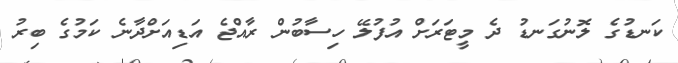
ކަނޑުގެ ލޮނުގަނޑު ދެ މީޓަރަށް އުފުލޭ ހިސާބުން ރާއްޖެ އަޑިއަށްދާނެ ކަމުގެ ބިރު